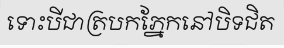
ទោះបីជាត្របកភ្នែកនៅបិទជិត